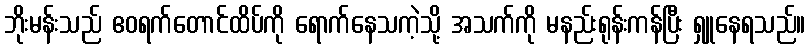
ဘိုးမန်းသည် ဧဝရက်တောင်ထိပ်ကို ရောက်နေသကဲ့သို့ အသက်ကို မနည်းရုန်းကန်ပြီး ရှူနေရသည်။